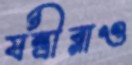
যন্ত্রীরাও